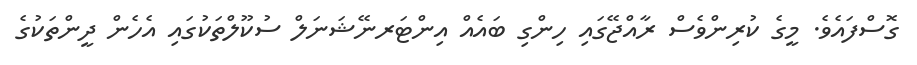
ގޮސްފައެވެ. މީގެ ކުރިންވެސް ރާއްޖޭގައި ހިންގި ބައެއް އިންޓަރނޭޝަނަލް ސުކޫލްތަކުގައި އެހެން ދީންތަކުގެ